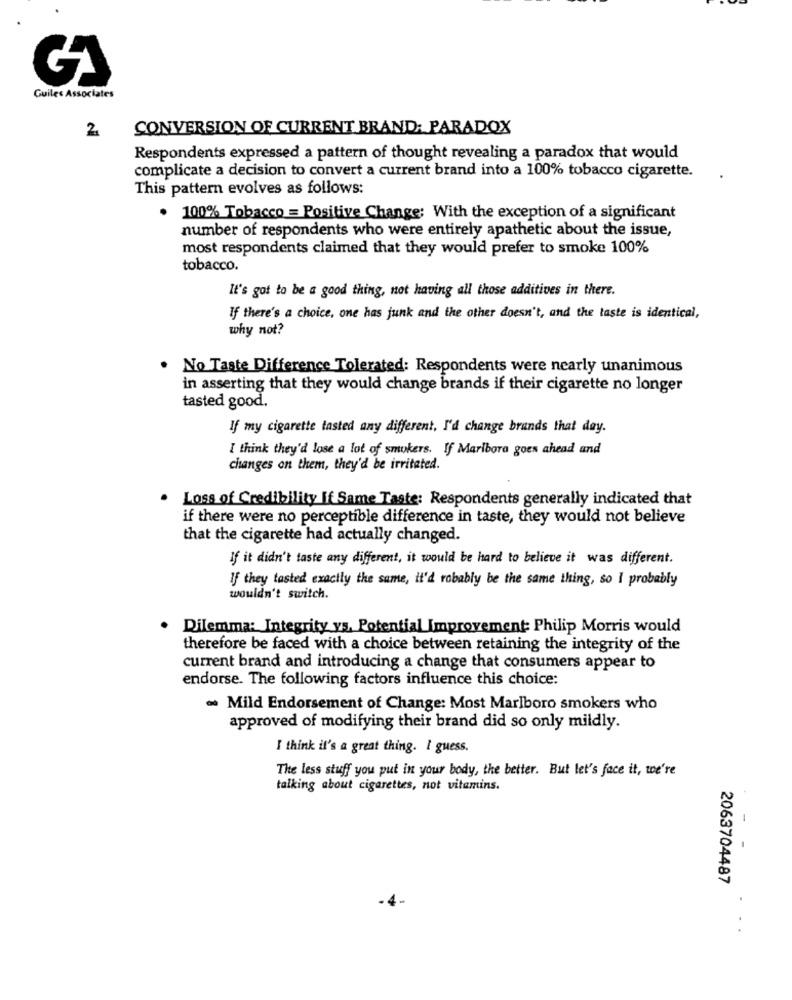
Guiles Associates
CONVERSION OF CURRENT BRAND: PARADOX
Respondents expressed a pattern of thought revealing a paradox that would
complicate a decision to convert a current brand into a 100% tobacco cigarette.
This pattern evolves as follows:
. 100% Tobacco = Positive Change: With the exception of a significant
number of respondents who were entirely apathetic about the issue,
most respondents claimed that they would prefer to smoke 100%
tobacco.
It's got to be a good thing, not having all those additives in there.
If there's a choice, one has junk and the other doesn't, and the taste is identical,
why not?
. No Taste Difference Tolerated: Respondents were nearly unanimous
in asserting that they would change brands if their cigarette no longer
tasted good.
If my cigarette tasted any different, I'd change brands that day.
I think they'd lose a lot of smokers. If Maribora goes ahead and
changes on them, they'd be irritated.
. Loss of Credibility If Same Taste: Respondents generally indicated that
if there were no perceptible difference in taste, they would not believe
that the cigarette had actually changed.
If it didn't taste any different, it would be hard to believe it was different.
If they tasted exactly the same, it'd robably be the same thing, so I probably
wouldn't switch.
. Dilemma: Integrity ys. Potential Improvement: Philip Morris would
therefore be faced with a choice between retaining the integrity of the
current brand and introducing a change that consumers appear to
endorse. The following factors influence this choice:
- Mild Endorsement of Change: Most Marlboro smokers who
approved of modifying their brand did so only mildly.
I think it's a great thing. I guess.
The less stuff you put in your body, the better. But let's face it, we're
talking about cigarettes, not vitamins.
-.
2063704487
..